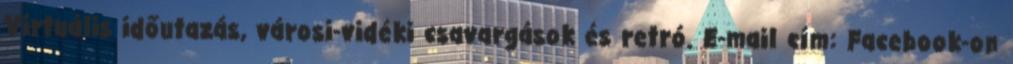
Virtuális időutazás, városi-vidéki csavargások és retró. E-mail cím: Facebook-on